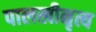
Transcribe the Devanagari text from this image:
पालखीनृत्य